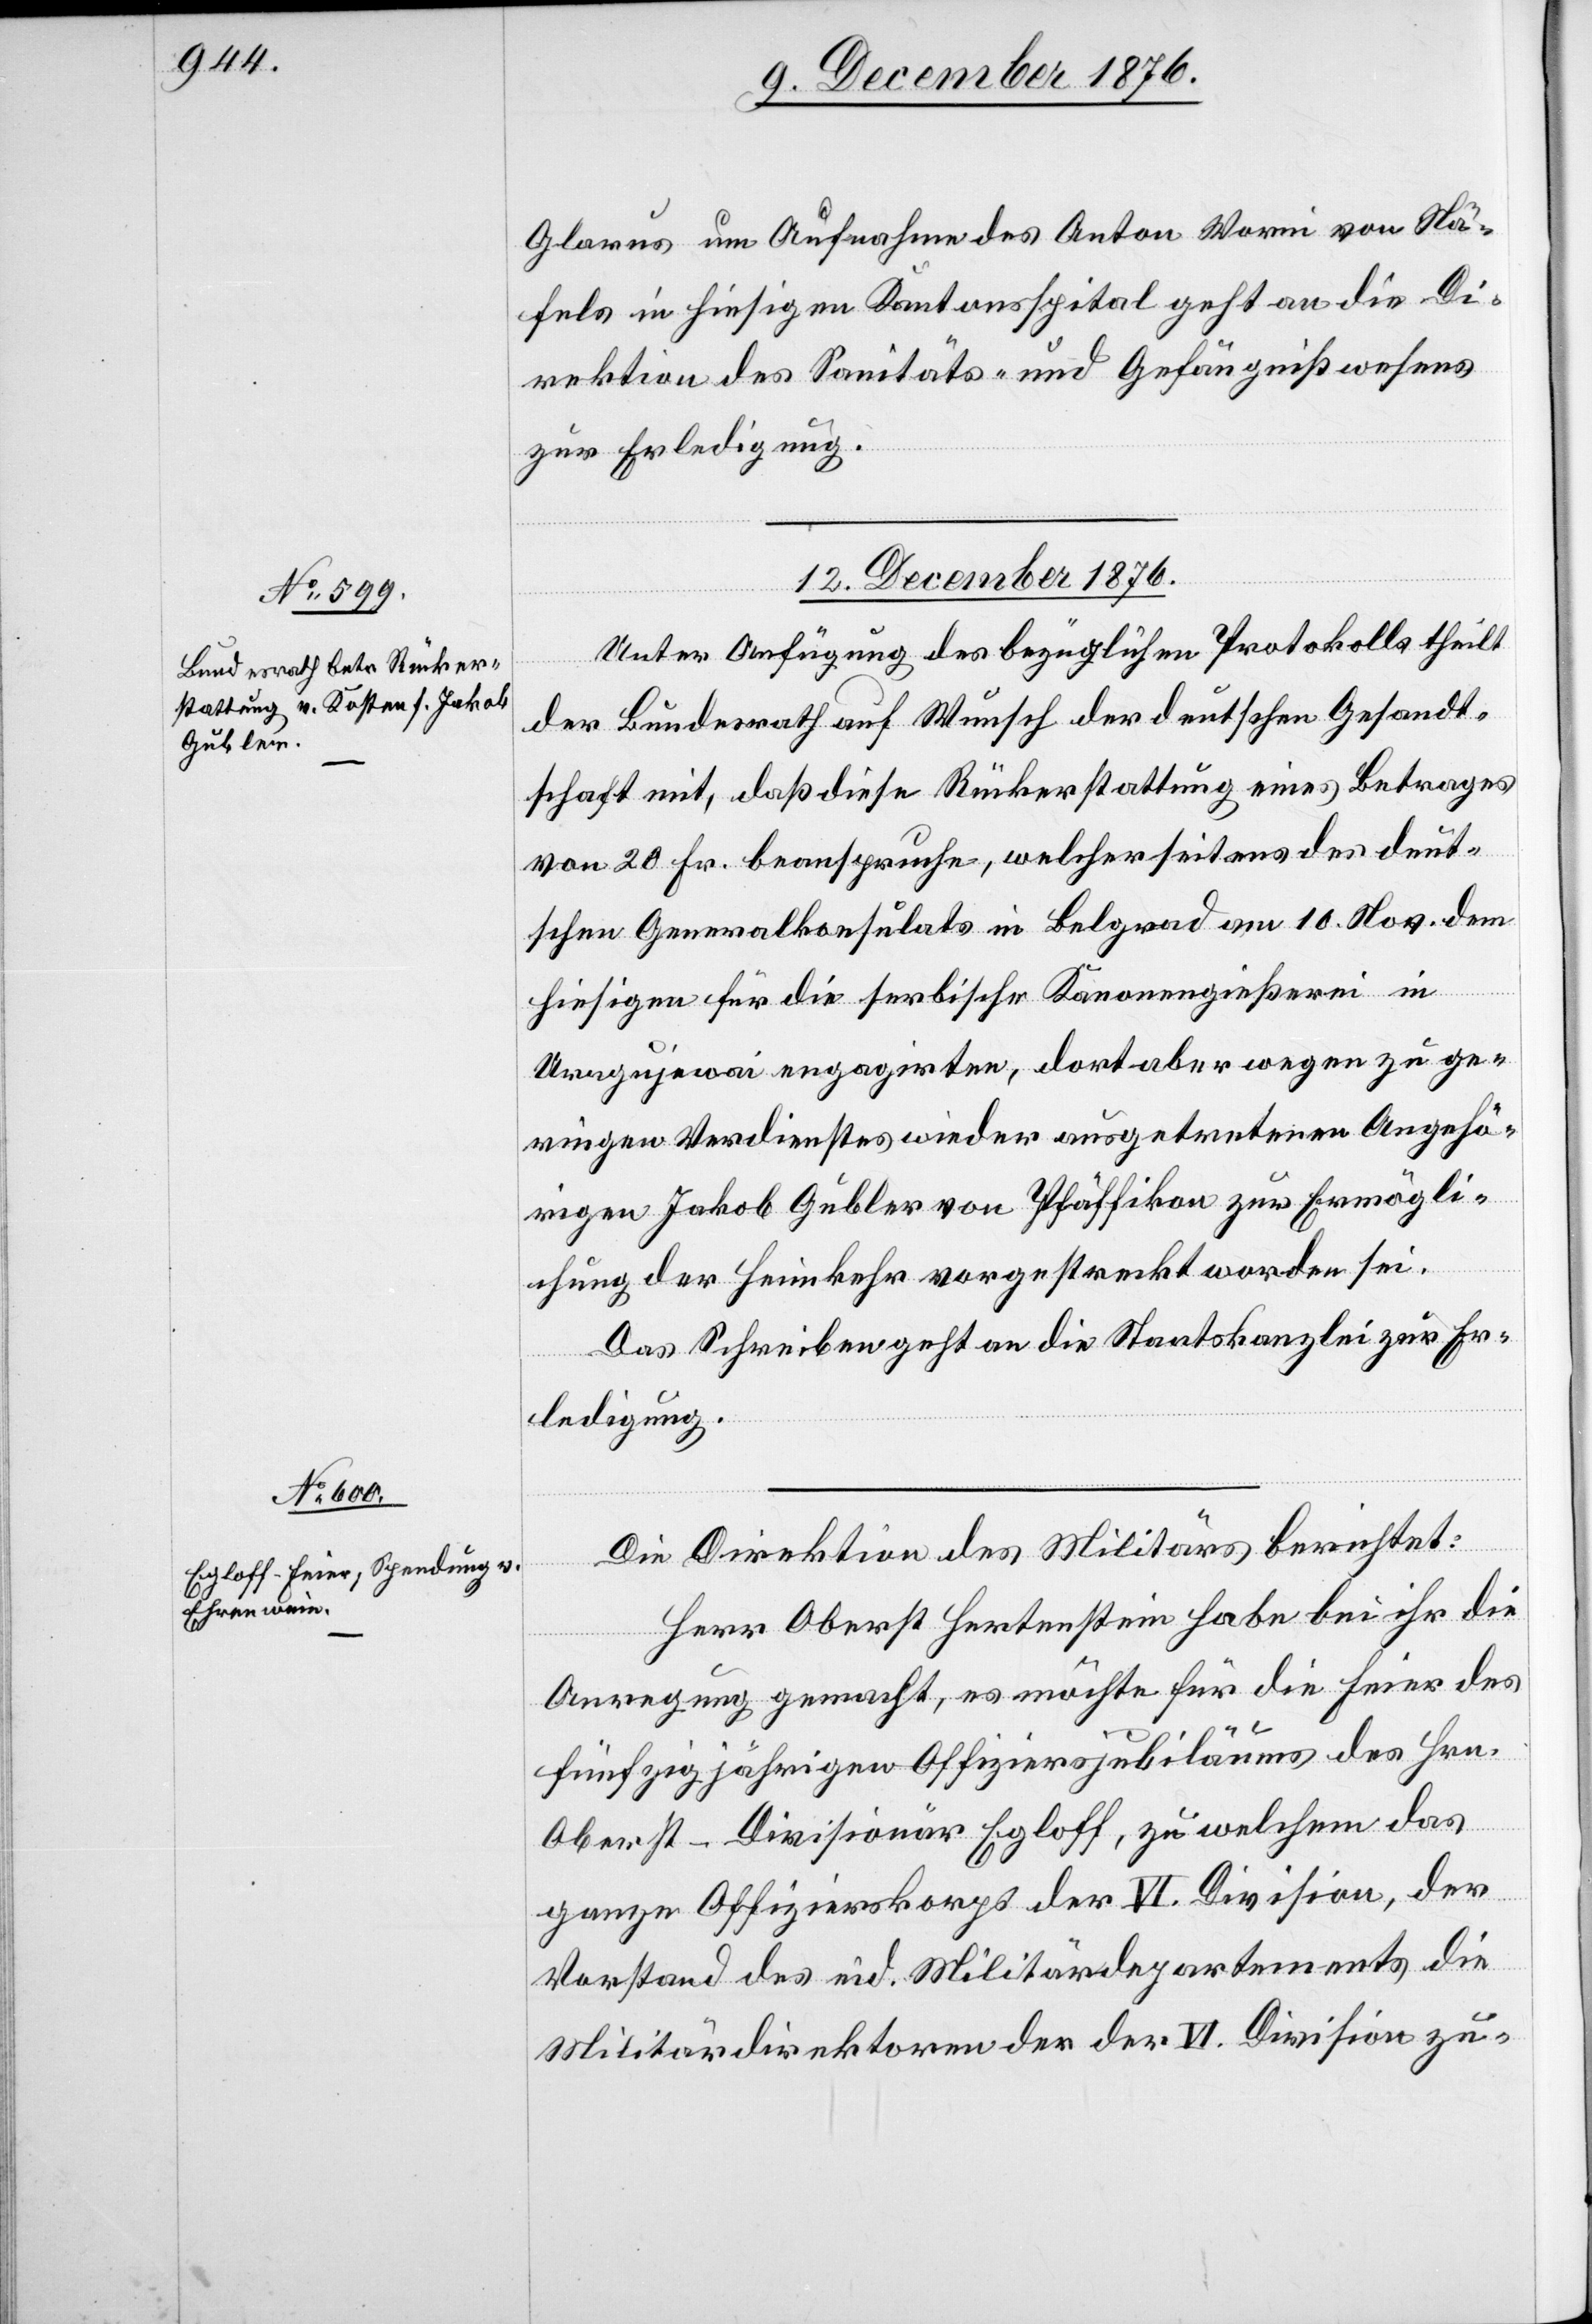
Glarus um Aufnahme des Anton Wormi von Nä¬
fels in hiesigen Kantonsspital geht an die Di¬
rektion des Sanitäts- und Gefängnißwesens
zur Erledigung.
12. December 1876.]
Unter Anfügung des bezüglichen Protokolls theilt
der Bundesrath auf Wunsch der deutschen Gesandt¬
schaft mit, daß diese Rückerstattung eines Betrages
von 20 Fr. beanspruche, welcher seitens des deut¬
schen Generalskonsulats in Belgrad am 10. Nov. dem
hiesigen für die serbische Kanonengießerei in
Uragujewai engagirten, dort aber wegen zu ge¬
ringen Verdienstes wieder ausgetretenen Angehö¬
rigen Jakob Gubler von Pfäffikon zur Ermögli¬
chung der Heimkehr vorgestreckt worden sei.
Das Schreiben geht an die Staatskanzlei zur Er¬
ledigung.
Die Direktion des Militärs berichtet:
Herr Oberst Hertenstein habe bei ihr die
Anregung gemacht, es möchte für die Feiern des
fünfzigjährigen Offiziersjubiläums des Hrn.
Oberst-Divisionär Egloff, zu welchem das
ganze Offizierskorps der VI. Division, der
Vorstand des eid. Militärdepartements[,] die
Militärdirektoren der der VI. Division zu-